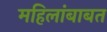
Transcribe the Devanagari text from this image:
महिलांबाबत